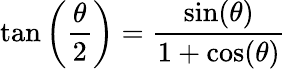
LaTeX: \tan\left({\frac{\theta}{2}}\right)={\frac{\sin(\theta)}{1+\cos(\theta)}}